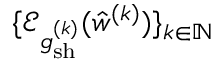
\{ \mathcal { E } _ { \mathfrak { g } _ { \mathrm { s h } } ^ { ( k ) } } ( \hat { w } ^ { ( k ) } ) \} _ { k \in \mathbb { N } }